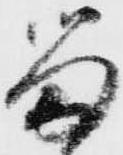
留